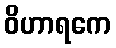
ဝိဟာရကေ